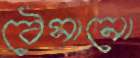
ঠেসানো